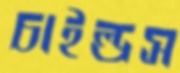
চাইল্ডস